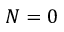
N = 0